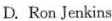
D.Ron Jenkins